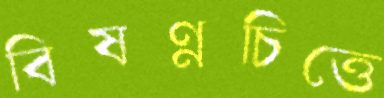
বিষণ্নচিত্তে